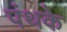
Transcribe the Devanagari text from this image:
पंथके